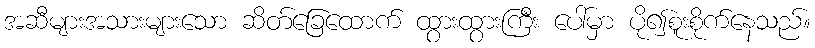
အဆီများအသားများသော ဆိတ်ခြေထောက် ထွားထွားကြီး ပေါ်မှာ ပို၍စူးစိုက်နေသည်။